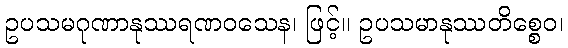
ဥပသမဂုဏာနုဿရဏဝသေန၊ ဖြင့်။ ဥပသမာနုဿတိစ္စေဝ၊